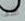
آسف